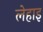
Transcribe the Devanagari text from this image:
लेहाइ